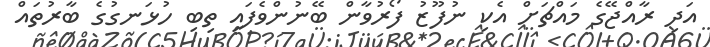
އަދި ރާއްޖޭގެ މައްޗަށް އެކި ނުފޫޒު ފޯރުވާން ބޭނުންވެފައި ތިބި ހުޅަނގުގެ ބާރުތައް